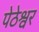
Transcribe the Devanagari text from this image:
पेठेश्वर